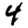
Digit: 4